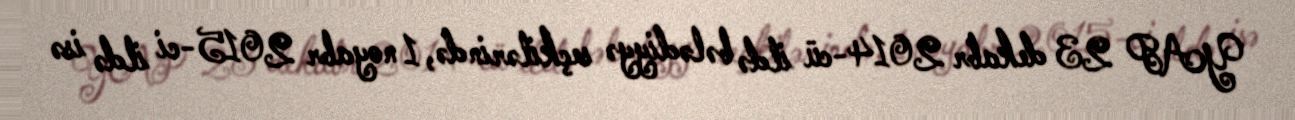
YAP 23 dekabr 2014-cü ildə bələdiyyə seçkilərində, 1 noyabr 2015-ci ildə isə